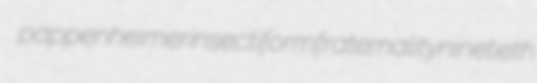
pappenheimer insectiform fraternality ninetieth